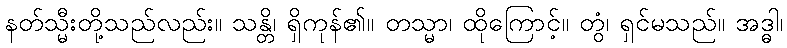
နတ်သ္မီးတို့သည်လည်း။ သန္တိ၊ ရှိကုန်၏။ တသ္မာ၊ ထိုကြောင့်။ တွံ၊ ရှင်မသည်။ အဒ္ဓါ၊